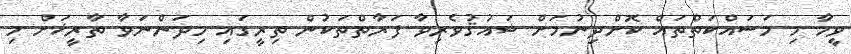
ވީމާ މި މަސައްކަތްތައް ކޮށްދިނުމަށް ޝައުޤުވެރިވާ ފަރާތްތަކުން ތިރީގައި މިދަންނަވާ ތާރީޚަށް މި